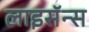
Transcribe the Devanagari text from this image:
लाइसॅन्स